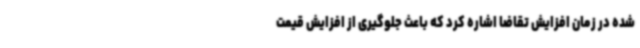
شده در زمان افزایش تقاضا اشاره کرد که باعث جلوگیری از افزایش قیمت